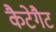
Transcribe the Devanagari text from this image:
कैटेगैट